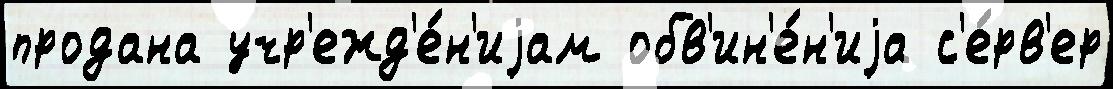
продана учр'ежд'е́н'иjам обв'ин'е́н'иjа с'е́рв'ер